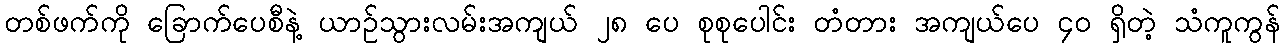
တစ်ဖက်ကို ခြောက်ပေစီနဲ့ ယာဉ်သွားလမ်းအကျယ် ၂၈ ပေ စုစုပေါင်း တံတား အကျယ်ပေ ၄၀ ရှိတဲ့ သံကူကွန်